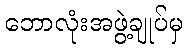
ဘောလုံးအဖွဲ့ချုပ်မှ